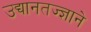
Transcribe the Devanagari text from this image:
उद्यानतज्ज्ञाने